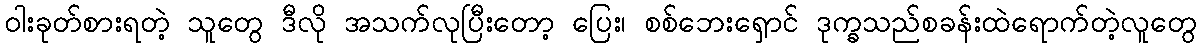
ဝါးခုတ်စားရတဲ့ သူတွေ ဒီလို အသက်လုပြီးတော့ ပြေး၊ စစ်ဘေးရှောင် ဒုက္ခသည်စခန်းထဲရောက်တဲ့လူတွေ